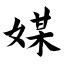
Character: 媒